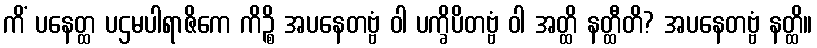
ကိံ ပနေတ္ထ ပဌမပါရာဇိကေ ကိဉ္စိ အပနေတဗ္ဗံ ဝါ ပက္ခိပိတဗ္ဗံ ဝါ အတ္ထိ နတ္ထီတိ? အပနေတဗ္ဗံ နတ္ထိ။